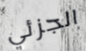
الجزئي